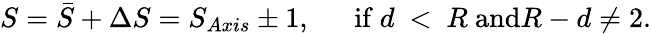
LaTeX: S=\bar{S}+\Delta S=S_{Axis}\pm 1,\mathrm{~\ \ \ \ \ if~}d\ <\ R\mathrm{~and}R-d\neq 2.